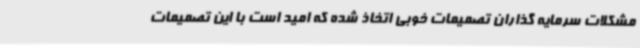
مشکلات سرمایه گذاران تصمیمات خوبی اتخاذ شده که امید است با این تصمیمات